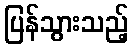
ပြန်သွားသည့်